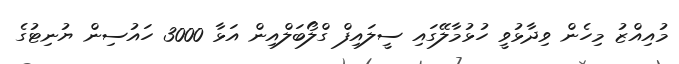
މުއިއްޒު މިހެން ވިދާޅުވީ ހުޅުމާލޭގައި ސީލައިފް ގްލޯބަލްއިން އަޅާ 3000 ހައުސިން ޔުނިޓުގެ